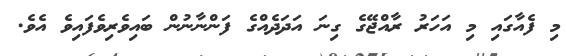
މި ފެއާގައި މި އަހަރު ރާއްޖޭގެ ގިނަ އަދަދެއްގެ ފަންނާނުން ބައިވެރިވެފައިވެ އެވެ.